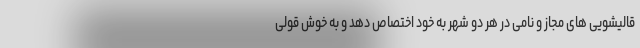
قالیشویی های مجاز و نامی در هر دو شهر به خود اختصاص دهد و به خوش قولی